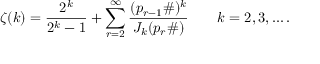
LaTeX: \zeta ( k ) = { \frac { 2 ^ { k } } { 2 ^ { k } - 1 } } + \sum _ { r = 2 } ^ { \infty } { \frac { ( p _ { r - 1 } \# ) ^ { k } } { J _ { k } ( p _ { r } \# ) } } \qquad k = 2 , 3 , \ldots .